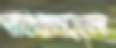
পাঠকমহলে